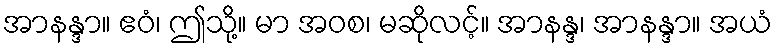
အာနန္ဒာ။ ဧဝံ၊ ဤသို့။ မာ အဝစ၊ မဆိုလင့်။ အာနန္ဒ၊ အာနန္ဒာ။ အယံ